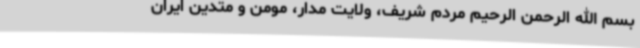
بسم الله الرحمن الرحیم مردم شریف، ولایت مدار، مومن و متدین ایران